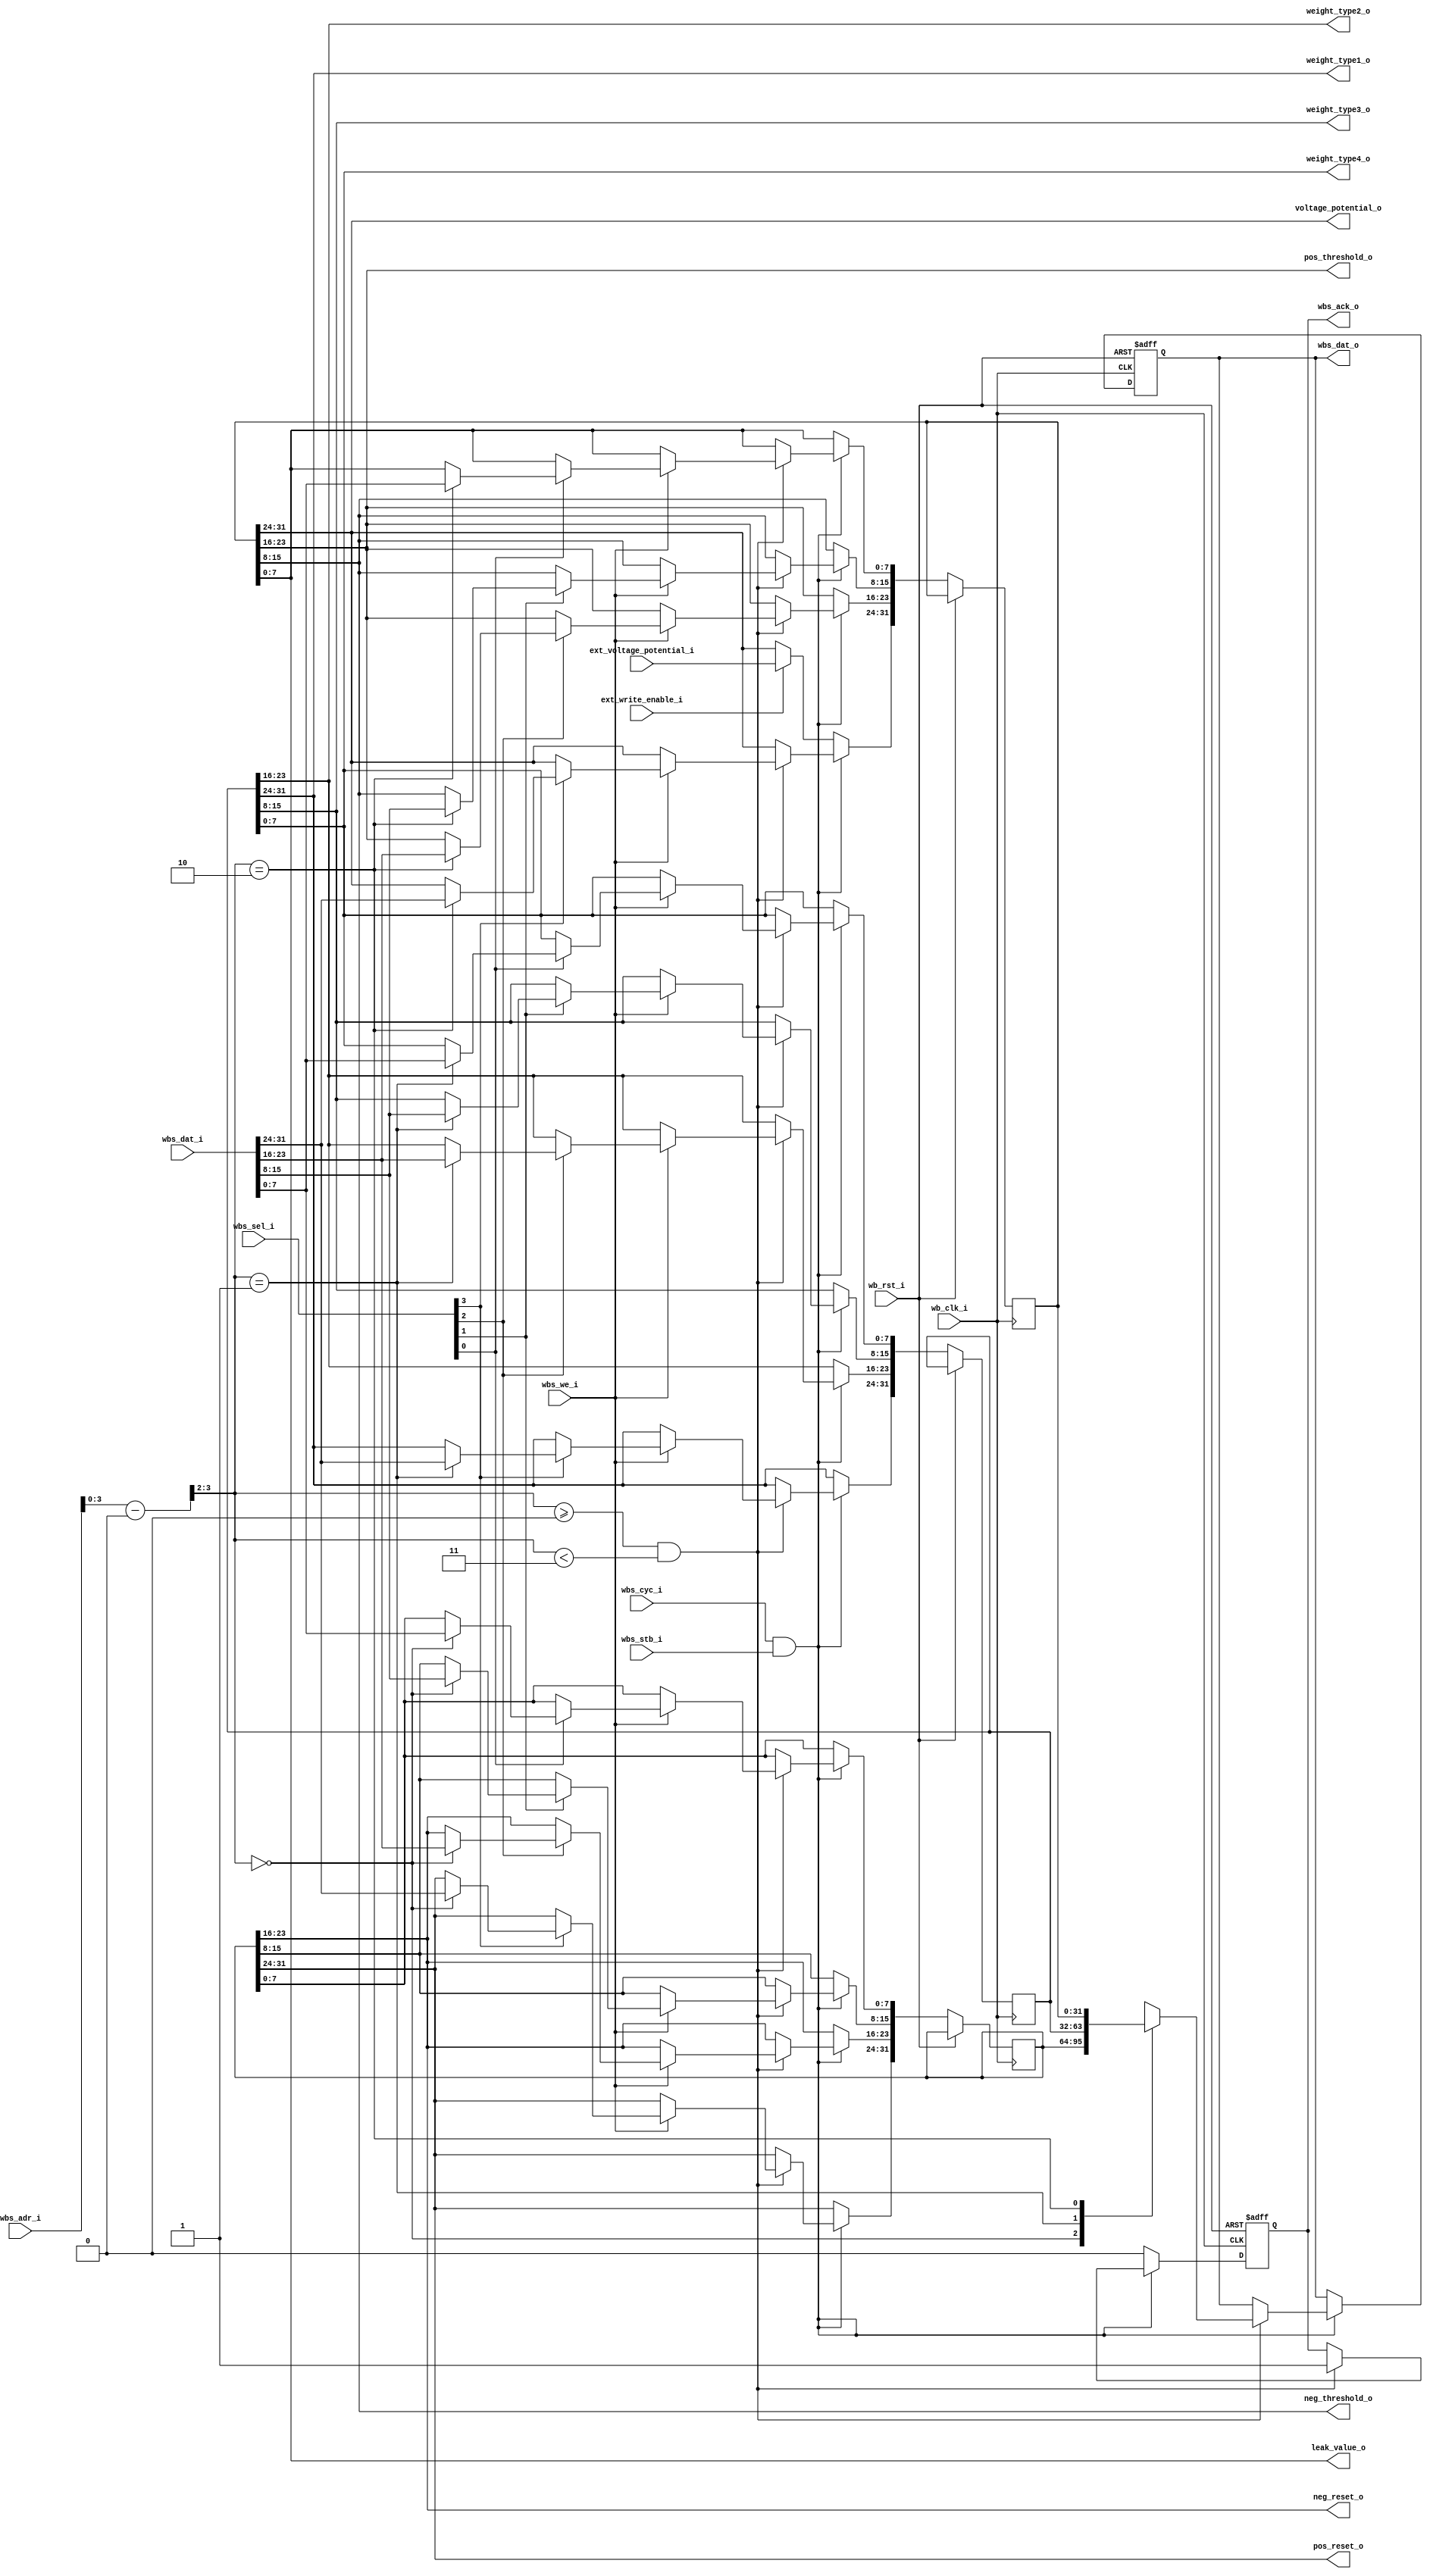
// This program was cloned from: https://github.com/hl271/caravel_sample_project
// License: Apache License 2.0

module neuron_parameters (
    // Wishbone slave interface
    input wb_clk_i,             // Clock
    input wb_rst_i,             // Reset
    input wbs_cyc_i,            // Indicates an active Wishbone cycle
    input wbs_stb_i,            // Active during a valid address phase
    input wbs_we_i,             // Determines read or write operation
    input [3:0] wbs_sel_i,      // Byte lanes selector
    input [31:0] wbs_adr_i,     // Address input
    input [31:0] wbs_dat_i,     // Data input for writes
    output reg wbs_ack_o,       // Acknowledgment for data transfer
    output reg [31:0] wbs_dat_o, // Data output
    
    // New inputs for external write to voltage_potential_o
    input [7:0] ext_voltage_potential_i, // External voltage potential input
    input ext_write_enable_i,            // External write enable signal

    // Neuron-specific outputs
    output [7:0] voltage_potential_o, // Current voltage potential
    output [7:0] pos_threshold_o,     // Positive threshold
    output [7:0] neg_threshold_o,     // Negative threshold
    output [7:0] leak_value_o,        // Leak value
    output [7:0] weight_type1_o,      // 1st weight type
    output [7:0] weight_type2_o,      // 2nd weight type
    output [7:0] weight_type3_o,      // 3rd weight type
    output [7:0] weight_type4_o,      // 4th weight type
    // output [7:0] weight_select_o,     // Weight selection
    output [7:0] pos_reset_o,         // Positive reset
    output [7:0] neg_reset_o          // Negative reset
);

parameter BASE_ADDR = 32'h30001000;  // Base address for this SRAM
reg [31:0] sram [2:0];               // SRAM storage
//reg [31:0] data_next;

wire [1:0] address;
assign address = (wbs_adr_i - BASE_ADDR) >> 2;

//always @(data_next) begin
//    sram[address] = data_next;
//end

// Handling read/write operations and the acknowledgment signal
always @(negedge wb_clk_i or posedge wb_rst_i) begin
    if (wb_rst_i) begin
        wbs_ack_o <= 1'b0;
        wbs_dat_o <= 32'b0;
    end
    else begin
        if (wbs_cyc_i && wbs_stb_i) begin
            if (address >= 0 && address < 3) begin
                if (wbs_we_i) begin
                    // Byte-specific writes based on wbs_sel_i
                    if (wbs_sel_i[0]) sram[address][7:0] <= wbs_dat_i[7:0];
                    if (wbs_sel_i[1]) sram[address][15:8] <= wbs_dat_i[15:8];
                    if (wbs_sel_i[2]) sram[address][23:16] <= wbs_dat_i[23:16];
                    if (wbs_sel_i[3]) sram[address][31:24] <= wbs_dat_i[31:24];
                end
                wbs_dat_o <= sram[address];
                wbs_ack_o <= 1'b1;
            end
        end
        else begin
            wbs_ack_o <= 1'b0;
            
            // New logic for external write to voltage_potential_o
            if (ext_write_enable_i) begin
                sram[2][31:24] <= ext_voltage_potential_i;
            end
        end
    end
end

// Generating the neuron-specific outputs based on the contents of the SRAM
//assign voltage_potential_o = sram[0][7:0];
//assign pos_threshold_o = sram[0][15:8];
//assign neg_threshold_o = sram[0][23:16];
//assign leak_value_o = sram[0][31:24];
//assign weight_type1_o = sram[1][7:0];
//assign weight_type2_o = sram[1][15:8];
//assign weight_type3_o = sram[1][23:16];
//assign weight_type4_o = sram[1][31:24];
//assign pos_reset_o = sram[2][7:0];
//assign neg_reset_o = sram[2][15:8];

assign voltage_potential_o = sram[2][31:24];
assign pos_threshold_o = sram[2][23:16];
assign neg_threshold_o = sram[2][15:8];
assign leak_value_o = sram[2][7:0];
assign weight_type1_o = sram[1][31:24];
assign weight_type2_o = sram[1][23:16];
assign weight_type3_o = sram[1][15:8];
assign weight_type4_o = sram[1][7:0];
assign pos_reset_o = sram[0][31:24];
assign neg_reset_o = sram[0][23:16];

endmodule